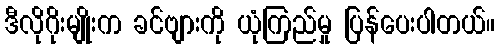
ဒီလိုဂိုးမျိုးက ခင်ဗျားကို ယုံကြည်မှု ပြန်ပေးပါတယ်။